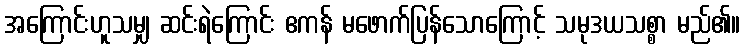
အကြောင်းဟူသမျှ ဆင်းရဲကြောင်း ဧကန် မဖောက်ပြန်သောကြောင့် သမုဒယသစ္စာ မည်၏။